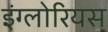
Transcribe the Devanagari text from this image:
इंग्लोरियस